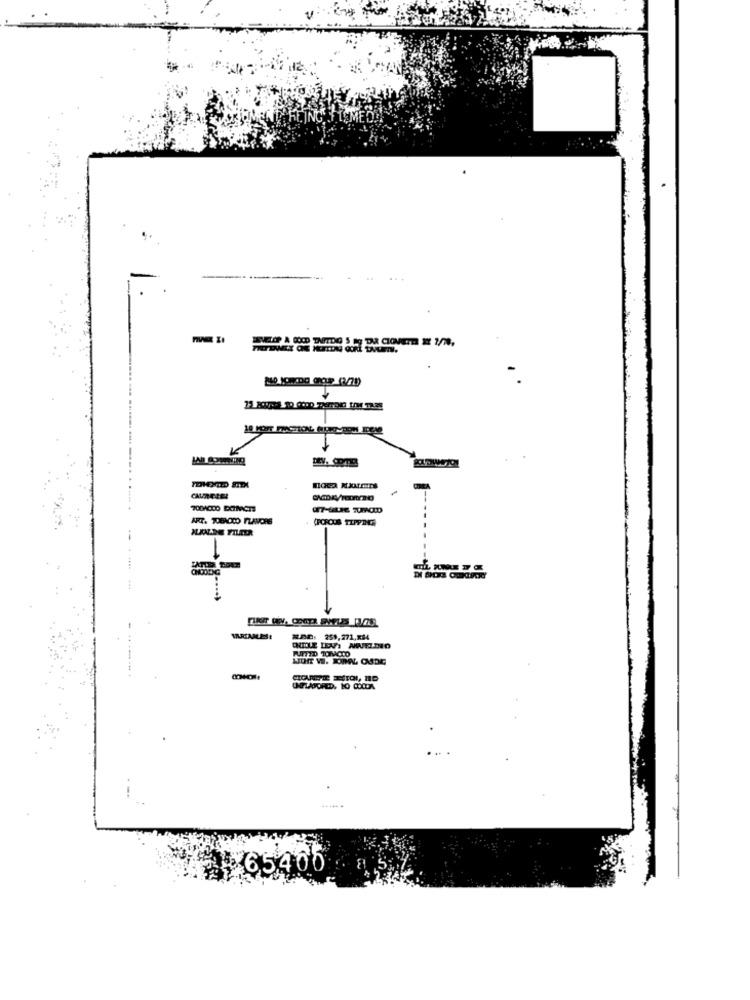
-
Hoca Klarens
ART. TOBACCO FLAVORS
FORCUS TIPPINGS
FUITED TORACCO
.....
65406